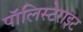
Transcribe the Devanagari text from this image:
पॉलिस्टेराइट